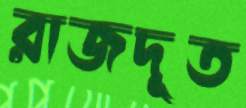
রাজদূত